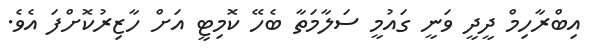
އިބްރާހިމް ދީދީ ވަނީ ގައުމީ ސަލާމަތާ ބެހޭ ކޮމިޓީ އަށް ހާޒިރުކޮށްފަ އެވެ.